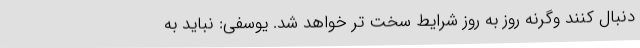
دنبال کنند وگرنه روز به روز شرایط سخت تر خواهد شد. یوسفی: نباید به